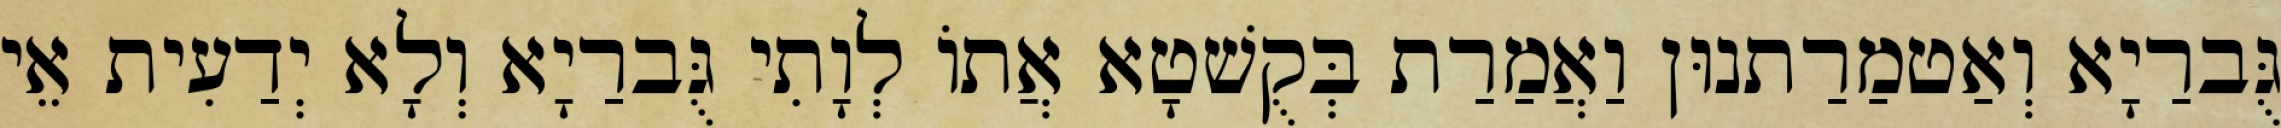
גֻּברַיָא וְאַטמַרַתנוּן וַאֲמַרַת בְּקֻשׁטָא אֲתוֹ לְוָתִי גֻּברַיָא וְלָא יְדַעִית אֵי